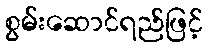
စွမ်းဆောင်ရည်ဖြင့်